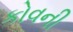
કોવની